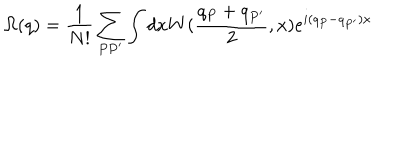
\Omega ( q ) = \frac 1 { N ! } \sum _ { P P ^ { \prime } } \int d x W ( \frac { q _ { P } + q _ { P ^ { \prime } } } 2 , x ) e ^ { i ( q _ { P } - q _ { P ^ { \prime } } ) x }